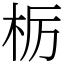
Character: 栃